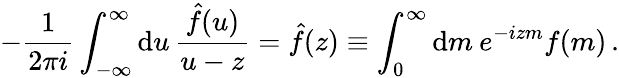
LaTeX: -\frac{1}{2\pi i}\int_{-\infty}^{\infty}\mathrm{d}u\, \frac{\hat{f}(u)}{u-z}=\hat{f}(z)\equiv\int_{0}^{\infty}\mathrm{d}m\: e^{-izm}f(m)\, .